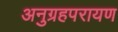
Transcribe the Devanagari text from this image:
अनुग्रहपरायण